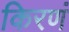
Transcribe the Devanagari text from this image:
किरणं